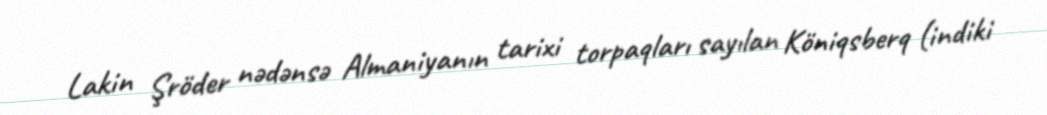
Lakin Şröder nədənsə Almaniyanın tarixi torpaqları sayılan Köniqsberq (indiki